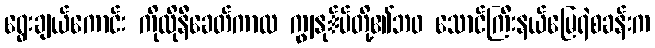
ရွေးချယ်ကောင်း ကိုလိုနီခေတ်ကာလ ကျွနု်ပ်တို့၏ဘ၀ သောင်ကြီးနယ်မြေရဲစခန်းက